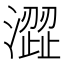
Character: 澀